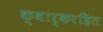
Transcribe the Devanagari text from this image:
क्वार्करहित